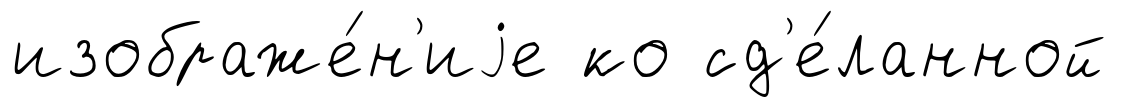
изображе́н'иjе ко сд'е́ланной